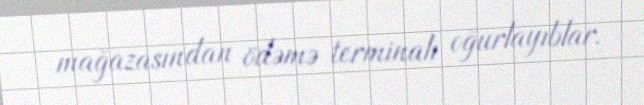
mağazasından ödəmə terminalı oğurlayıblar.